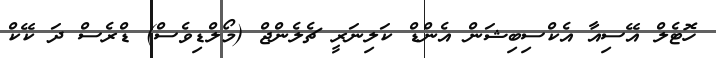
ހޮޓެލް އޭސިއާ އެކްސިބިޝަން އެންޑް ކަލިނަރީ ޗެލެންޖް (މޯލްޑިވެސް) ޑްރެސް ދަ ކޭކް